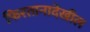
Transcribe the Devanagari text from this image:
फिरतानादेखील